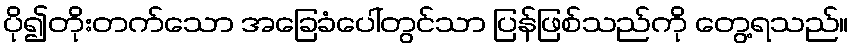
ပို၍တိုးတက်သော အခြေခံပေါ်တွင်သာ ပြန်ဖြစ်သည်ကို တွေ့ရသည်။